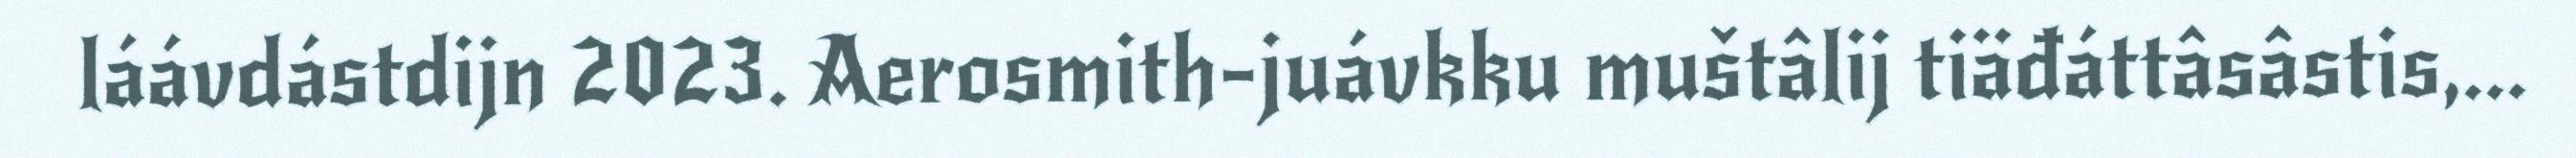
láávdástdijn 2023. Aerosmith-juávkku muštâlij tiäđáttâsâstis,...